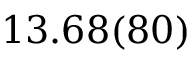
1 3 . 6 8 ( 8 0 )